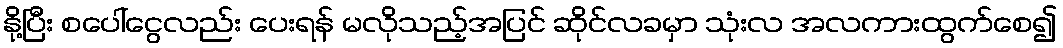
နို့ပြီး စပေါ်ငွေလည်း ပေးရန် မလိုသည့်အပြင် ဆိုင်လခမှာ သုံးလ အလကားထွက်စေ၍